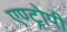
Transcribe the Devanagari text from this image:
एण्ट्रोपी